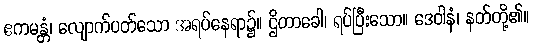
ဧကမန္တံ၊ လျောက်ပတ်သော အရပ်နေရာ၌။ ဌိတာခေါ၊ ရပ်ပြီးသော။ ဒေဝါနံ၊ နတ်တို့၏။